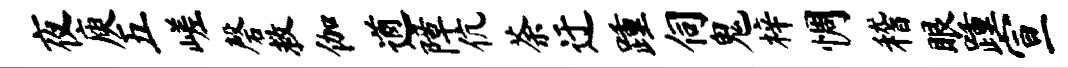
夜庾五嵯磬救伽遒障伉荼迂踵伺鬼梓惆稽眼踵宣